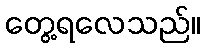
တွေ့ရလေသည်။